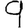
Digit: 9